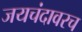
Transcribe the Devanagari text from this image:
जयचंदावरच